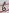
Text: 6